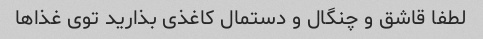
لطفا قاشق و چنگال و دستمال کاغذی بذارید توى غذاها